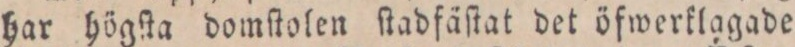
har högſta domſtolen ſtadfäſtat det öfwerklagade